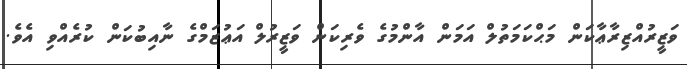
ވަޒީރުއްޒިރާޢާކަން މަޙްކަމަތުލް އަމަން އާންމުގެ ވެރިކަން ވަޒީރުލް އަޢުޒަމްގެ ނާއިބުކަން ކުރެއްވި އެވެ.